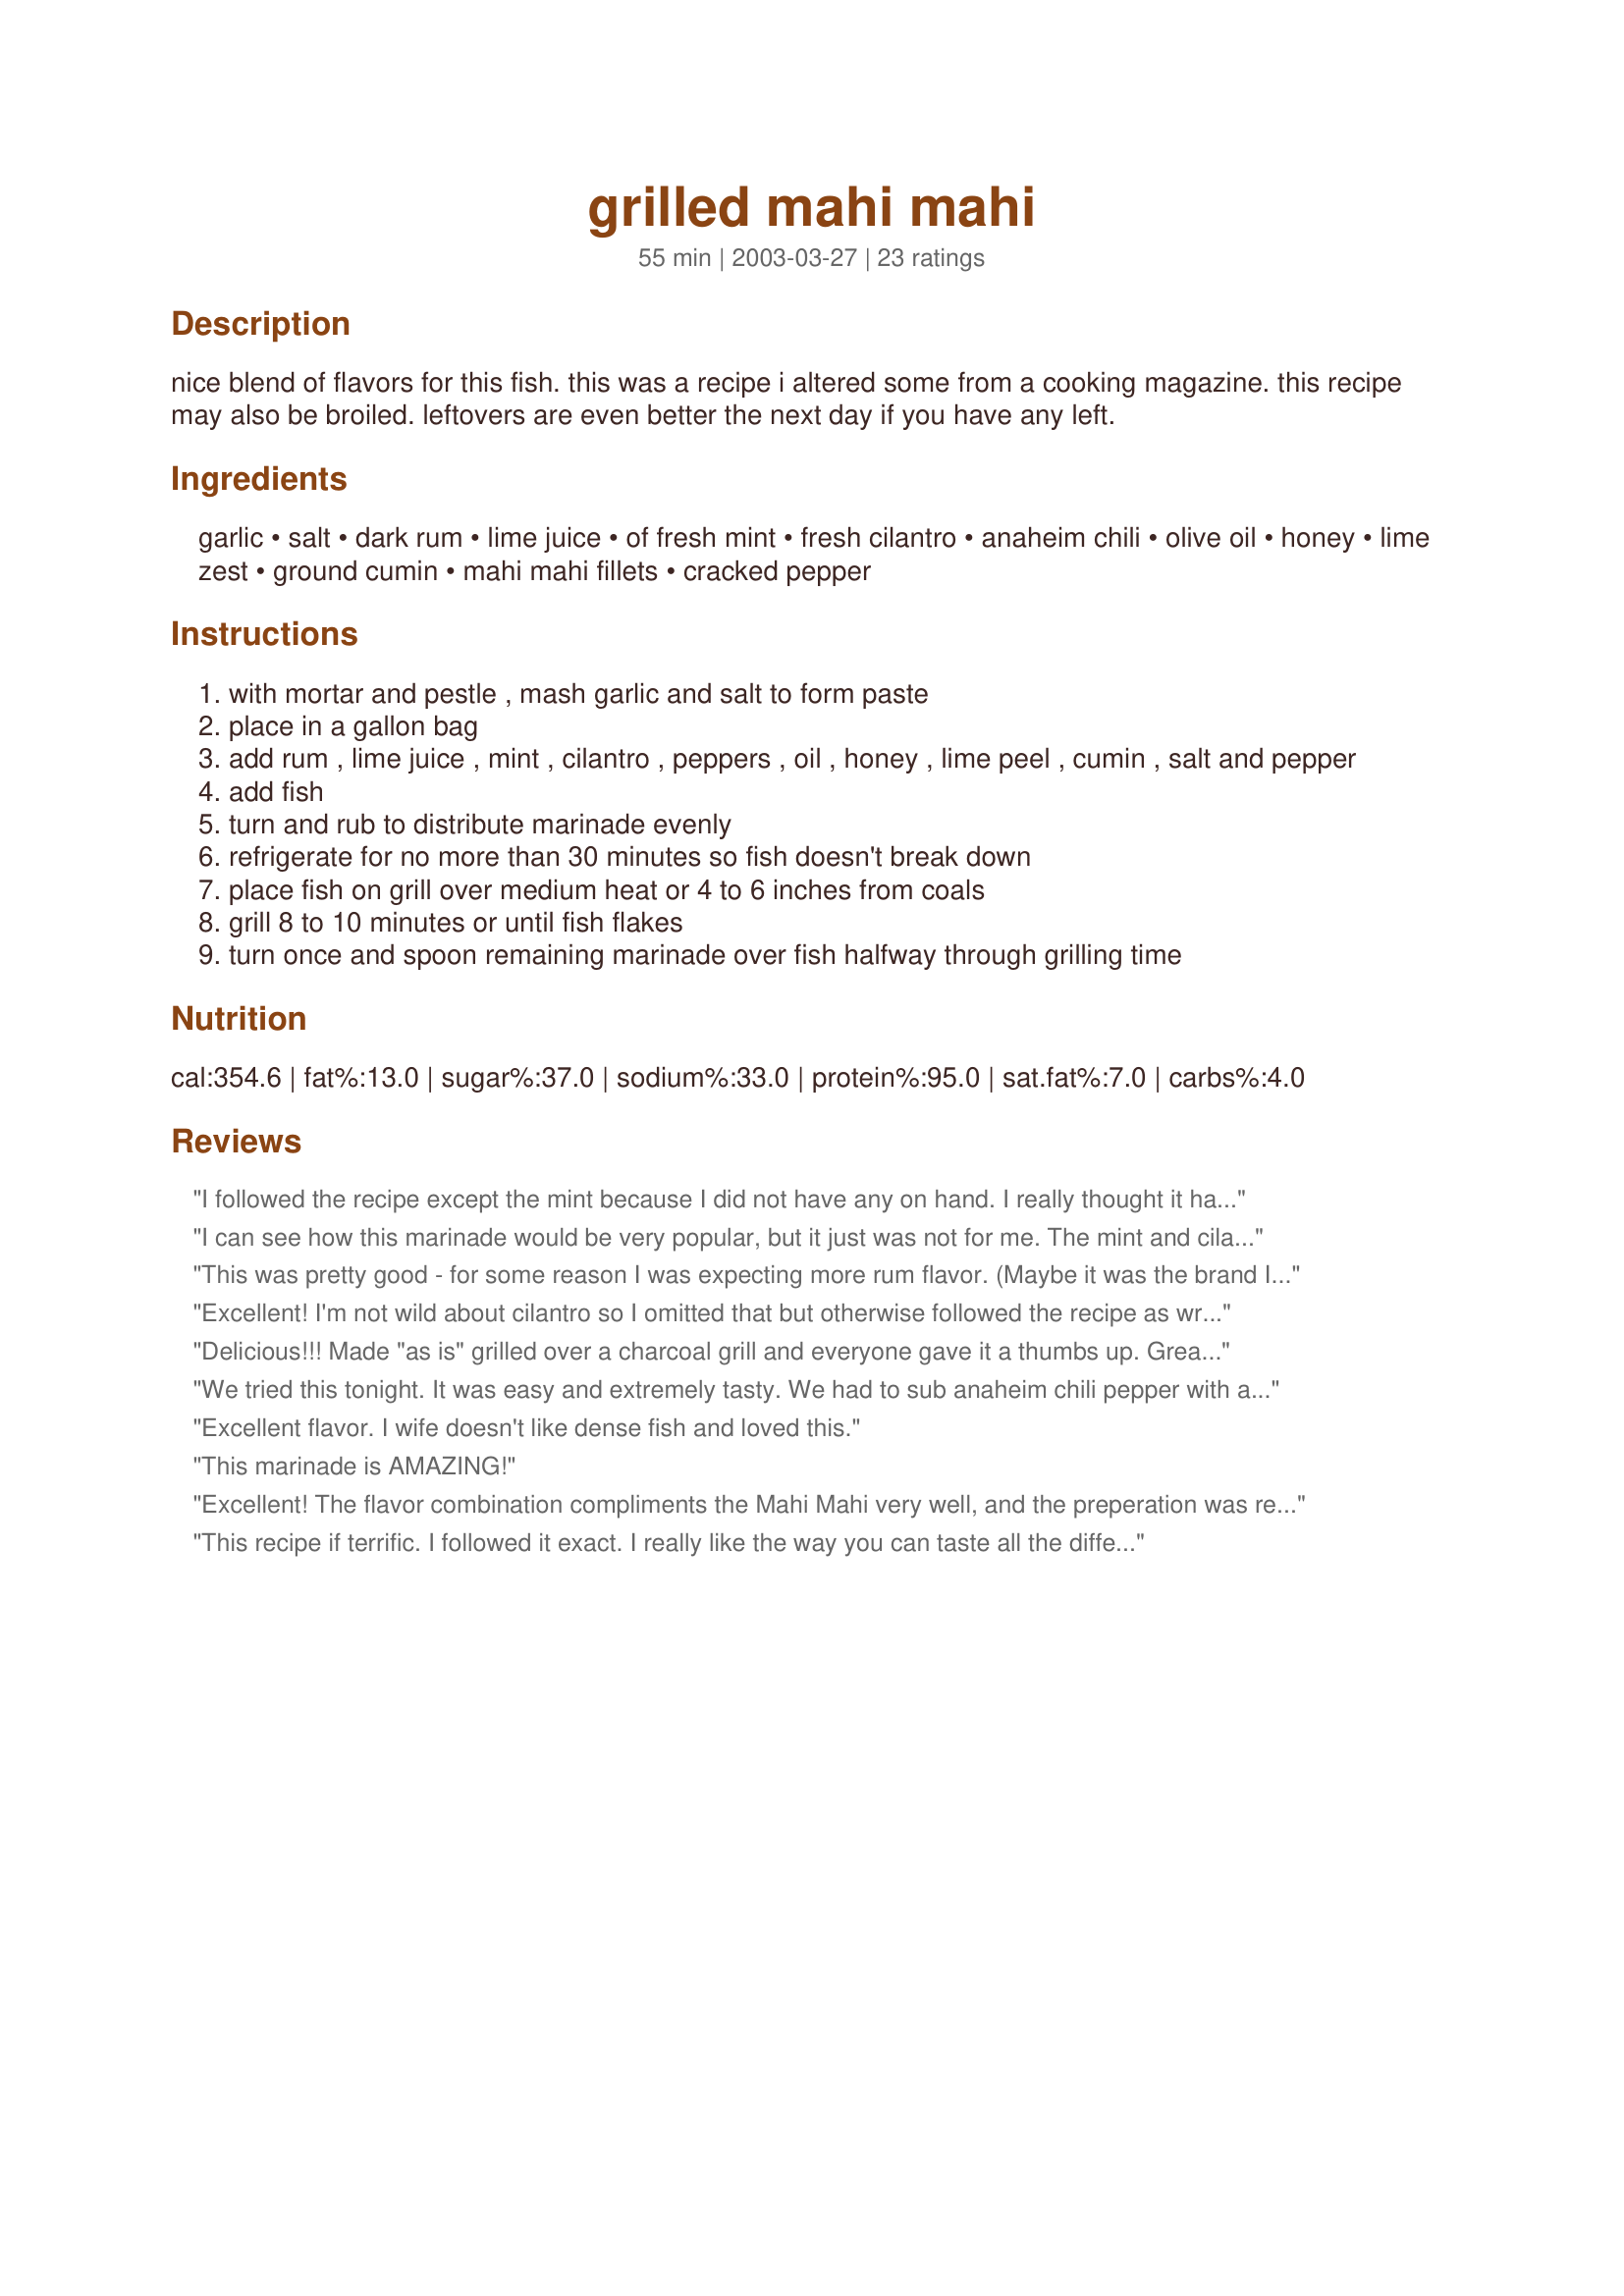
grilled mahi mahi
Preparation time: 55 minutes

nice blend of flavors for this fish. this was a recipe i altered some from a cooking magazine. this recipe may also be broiled. leftovers are even better the next day if you have any left.

Ingredients:
garlic, salt, dark rum, lime juice, of fresh mint, fresh cilantro, anaheim chili, olive oil, honey, lime zest, ground cumin, mahi mahi fillets, cracked pepper

Steps:
with mortar and pestle , mash garlic and salt to form paste
place in a gallon bag
add rum , lime juice , mint , cilantro , peppers , oil , honey , lime peel , cumin , salt and pepper
add fish
turn and rub to distribute marinade evenly
refrigerate for no more than 30 minutes so fish doesn't break down
place fish on grill over medium heat or 4 to 6 inches from coals
grill 8 to 10 minutes or until fish flakes
turn once and spoon remaining marinade over fish halfway through grilling time

Reviews:
I followed the recipe except the mint because I did not have any on hand. I really thought it had no flavor so it was not bad just not good or memorable.
I can see how this marinade would be very popular, but it just was not for me. The mint and cilantro was just a little too much.
This was pretty good - for some reason I was expecting more rum flavor. (Maybe it was the brand I used?) Good marinade for any light fish.
Excellent! I'm not wild about cilantro so I omitted that but otherwise followed the recipe as written. Quick and easy to prepare. Thank you for sharing the recipe.
Delicious!!! Made "as is" grilled over a charcoal grill and everyone gave it a thumbs up. Great Flavor - can't wait to make it again.
We tried this tonight. It was easy and extremely tasty. We had to sub anaheim chili pepper with an adobe chili pepper. It was great.
Excellent flavor. I wife doesn't like dense fish and loved this.
This marinade is AMAZING!
Excellent! The flavor combination compliments the Mahi Mahi very well, and the preperation was really easy. I LOVE Mahi Mahi, but I received raves from people who are not big "fish fans", so that should tell you something.
This recipe if terrific. I followed it exact. I really like the way you can taste all the different flavors in it.
well what a dummy I am, I forgot the hot chili pepper....but the men in my family loved it and said it was one of , if not the best fish that they have ever eaten.....so it is a keeper....thanks so much
Very nice. The mint and cumin combine to produce interesting flavor. Didn't have lime, substituted lemon. Reminds me of a dish I like at a nice Napa Valley restaurant. I used a hand blender to blend the liquid ingredients together into a uniform consistency.
Excellent! I bought the Mahi Mahi (never tried it before), came home and looked for tips on how to fix it. I found this recipe but didn't have all of the ingredients -- I was missing the fresh mint, anaheim chili and lime zest (used bottled lime juice rather than fresh squeezed). I didn't want to run back to the store (nearest is 10 miles away), so I just went with what I had. It was still excellent flavor. BF is not really crazy about fish, but he asked for seconds. I didn't have any, so I promised I would make it again. Will definitely make this again, and I know I'll be sharing this recipe with friends. THANK YOU FOR POSTING!
KEEPER ALERT, KEEPER ALERT. Didn't have dark rum. Used triple sec, 1/4 pasillas pepper and orange zest and this recipe was OUTSTANDING!!! Fish-haters will change their tune.
Really good recipe. I thought it kept the fish really moist during cooking. We made sure to coat our grates on our grill (gas grill) with plenty of olive oil so fish didn't stick - worked well. I would watch how much salt you add to your garlic - I think I added too much (I cut recipe down for only 2 fillets, so I had to 'guess' a bit on some measurements). I also didn't have mint or chili - but recipe didn't suffer. Would make again for sure!!!
Thanks.
We received about 10lbs of yellow fin tuna fillets from a friend and I've been looking for a way to prep them. This was wonderful. Very nice mix of flavors that complement well. Definately a keeper. I did sub a poblano chile for the Anaheim as that's we had in the garden.
WONDERFUL! There are just LAYERS of flavors in this dish! Perfect blend of citrus warmed by the cumin and honey. MMMMM! SO easy, SO delicious. Cilantro, mint & chile were unavailable,& my only addition was a pinch of crushed red pepper. Can't wait to try it as written....thanks!
This recipe is fabulous! I've made it many times and everyone who tries it loves it! It really tastes like something you would order at a restaurant. Several times, I have ommitted the cilantro, lime juice, and mint, and used lemon juice instead with a little parsley. That tastes great too!
I made this with tilapia instead of mahi mahi; it was excellent.
I made mahi mahi once before and was pretty unimpressed, but after making this it's apparent that you just gotta season it right! I made this with everything except the cilantro, and used dried mint instead of fresh. Delicious with wild rice on the side
For the first time cooking mahi mahi, this seemed like a good recipe. Unfortunately, it didn't work for me. For some reason the honey and lime gave it an almost sick-sweet flavor for me. I also broiled the fish, so I don't know if that affected it.
WOW!!! Restaurant quality flavoring. The seasoning with the tastes from the grill made this the best fish marinade I have ever had. Fantastic...thank you for sharing it. Made it with fresh asparagus and cus cus. I feel like a 5 star Chef! Try it..you'll love it.
This was excellent and easy to make. This was the first time we tried it and will definitely make it again. The flavors blended well together and did not taste "fishy" at all. Great recipe
